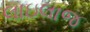
લાઇલાજ